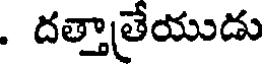
. దత్తాత్రేయుడు